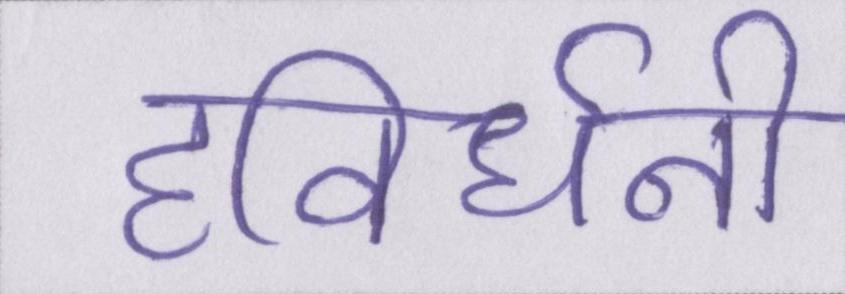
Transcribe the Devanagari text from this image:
हविर्धनी